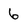
Character: 6